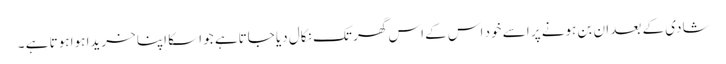
شادی کے بعد ان بن ہونے پر اسے خود اس کے اس گھر تک نکال دیا جاتاہے جو اسکا اپنا خریدا ہوا ہوتا ہے ۔